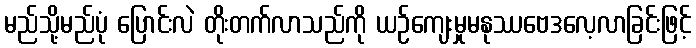
မည်သို့မည်ပုံ ပြောင်းလဲ တိုးတက်လာသည်ကို ယဉ်ကျေးမှုမနုဿဗေဒလေ့လာခြင်းဖြင့်